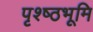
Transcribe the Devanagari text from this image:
पृश्ष्‍ठभूमि